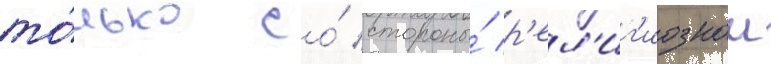
то́лько со́ стороны́ р'ел'иг'иознои